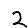
Digit: 2